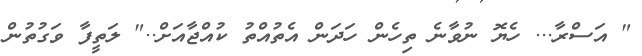
" އަސްރާ... ހެޔޮ ނުވާނެ ތިހެން ހަދަން އެތުއްތު ކުއްޖާއަށް.." ލަތީފާ ވަގުތުން